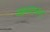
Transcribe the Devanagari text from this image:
आनन्दचन्द्र